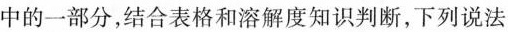
中的一部分，结合表格和溶解度知识判断，下列说法